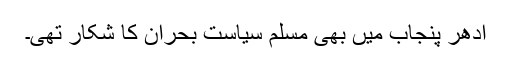
ادھر پنجاب میں بھی مسلم سیاست بحران کا شکار تھی۔